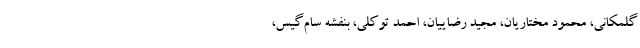
گلمکانی، محمود مختاریان، مجید رضاییان، احمد توکلی، بنفشه سام‌گیس،